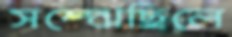
সম্‌ঝেছিলে